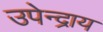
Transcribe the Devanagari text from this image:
उपेन्द्राय